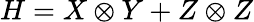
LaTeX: H=X\otimes Y+Z\otimes Z